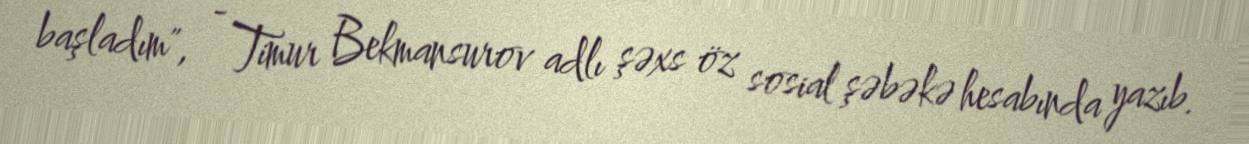
başladım", - Timur Bekmansurov adlı şəxs öz sosial şəbəkə hesabında yazıb.